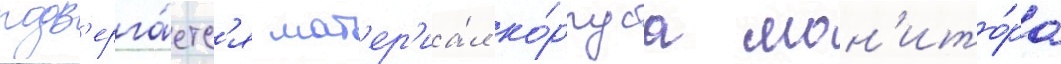
подв'ерга́етс'я мат'ер'иа́л ко́рпуса мон'ито́ра